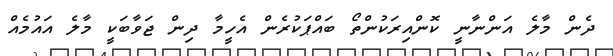
ދެން މާލެ އަންނާނީ ކޮންއިރަކުންތޯ ބައްޕަކުރެން އެހީމާ ދިން ޖަވާބަކީ މާލެ އައުމެއް